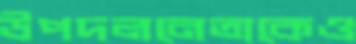
উপদলনেতাকেও